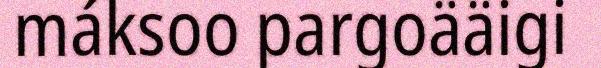
máksoo pargoääigi